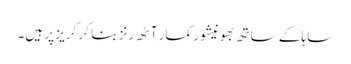
ساہا کے ساتھ بھونیشور کمار آٹھ رنز بنا کر کریز پر ہیں۔